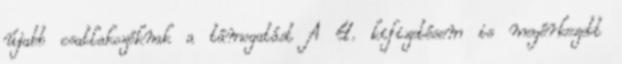
újabb csatlakozóknak a támogatást A 4. kifizetésem is megérkezett